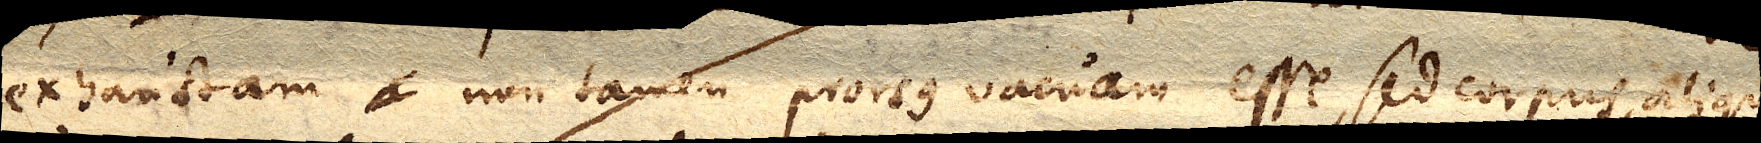
exhaustam non tamen prorsus vacuam esse, sed corpus aliquod